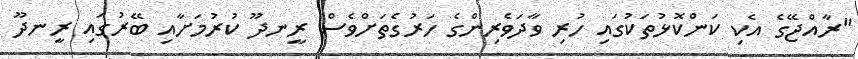
"ރާއްޖޭގެ އެކި ކަންކޮޅުތަކުގައި ހުރި ވާދަވެރިންގެ ހަރުގެތަށްވެސް ރީނދޫ ކުރުމަށާއި ބޭރުގައި ރީނދޫ